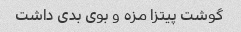
گوشت پیتزا مزه و بوی بدی داشت